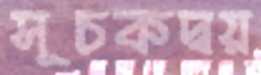
সূচকদ্বয়